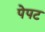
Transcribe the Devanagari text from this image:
पेपट